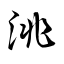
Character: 洮